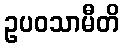
ဥပဝသာမီတိ